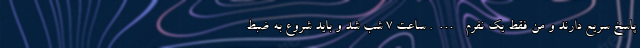
پاسخ سریع دارند و من فقط یک نفرم …. ساعت ۷ شب شد و باید شروع به ضبط